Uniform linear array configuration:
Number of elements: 4
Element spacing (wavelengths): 0.5
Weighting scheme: cosine
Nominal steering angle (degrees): -45
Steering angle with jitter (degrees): -46.654
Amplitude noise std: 0.05
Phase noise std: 0.05

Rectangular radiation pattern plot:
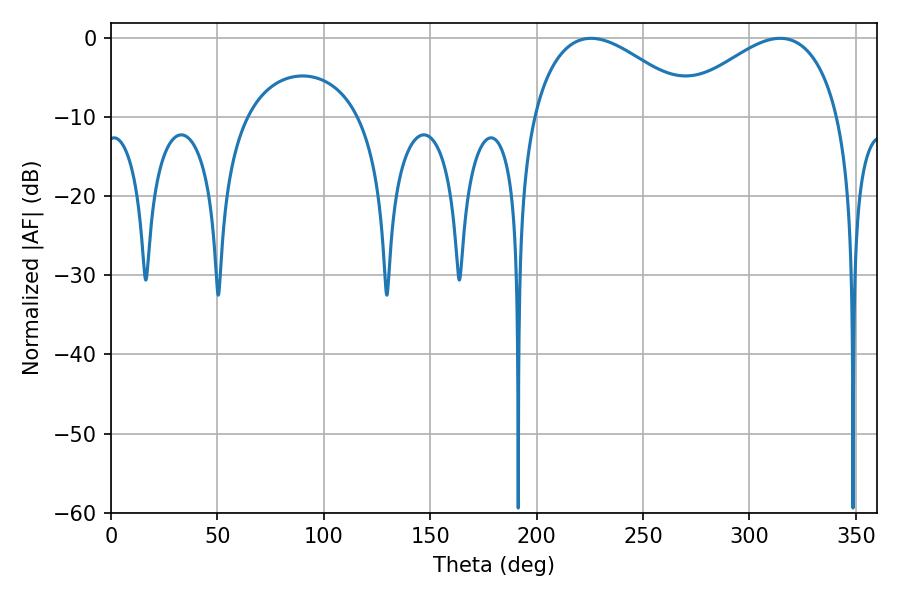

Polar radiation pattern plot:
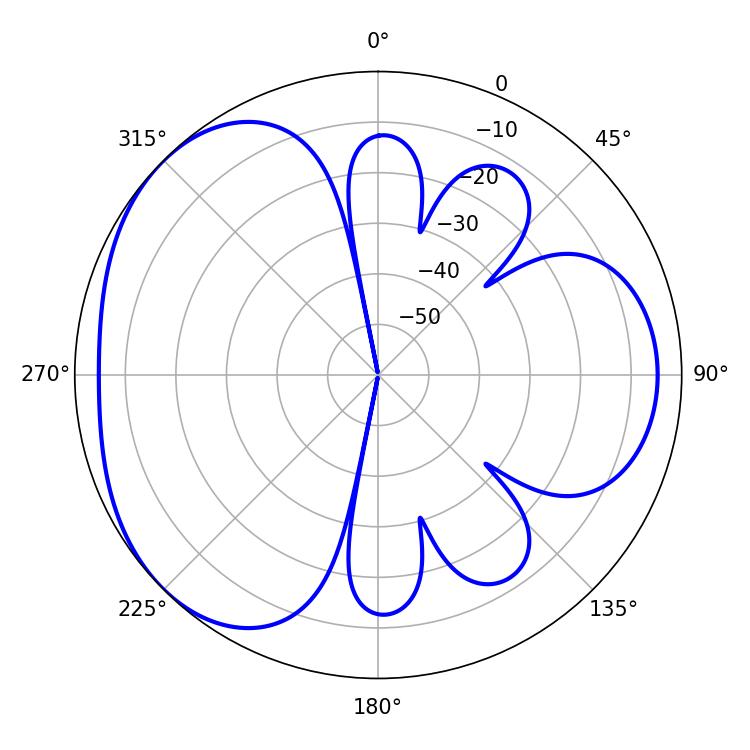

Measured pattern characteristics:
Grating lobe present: FALSE
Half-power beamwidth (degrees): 42.3
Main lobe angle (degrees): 225.54